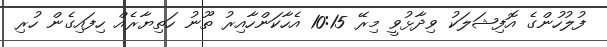
ފުލުހުންގެ އޮފިޝަލަކު ވިދާޅުވީ މިރޭ 10:15 އެހާކަންހާއިރު ތޫނު ހަތިޔާރެއް ހިފައިގެން ހުރި